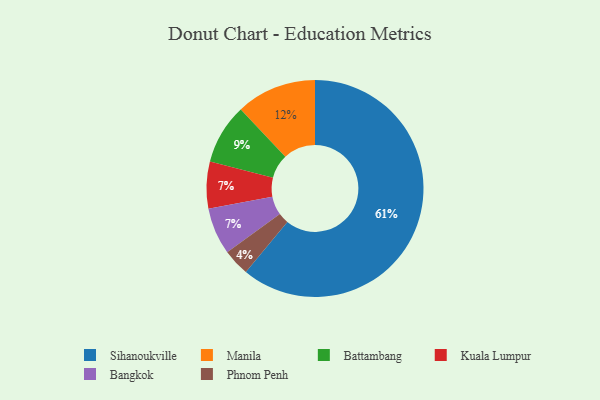
{"axis": {"x": "Category", "y": "Percentage"}, "legend": ["Bangkok", "Battambang", "Kuala Lumpur", "Manila", "Phnom Penh", "Sihanoukville"], "data": [{"x": "Kuala Lumpur", "y": 7, "type": "Kuala Lumpur"}, {"x": "Phnom Penh", "y": 4, "type": "Phnom Penh"}, {"x": "Bangkok", "y": 7, "type": "Bangkok"}, {"x": "Sihanoukville", "y": 61, "type": "Sihanoukville"}, {"x": "Battambang", "y": 9, "type": "Battambang"}, {"x": "Manila", "y": 12, "type": "Manila"}]}